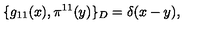
\{ g _ { 1 1 } ( x ) , \pi ^ { 1 1 } ( y ) \} _ { D } = \delta ( x - y ) ,